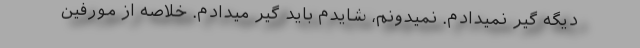
دیگه گیر نمیدادم. نمیدونم، شایدم باید گیر میدادم. خلاصه از مورفین